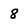
Character: 8